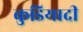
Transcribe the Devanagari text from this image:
कुडियादी